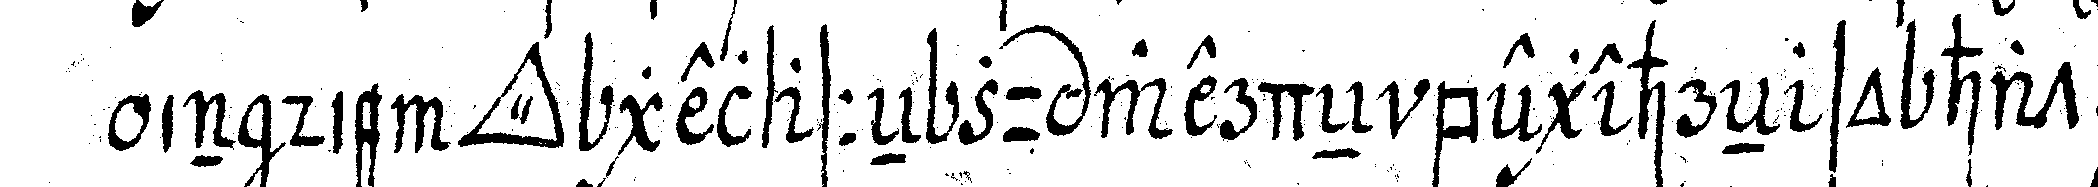
in die *tri..* gelasseN zu werdeN begehreN so hat